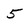
Character: 5